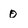
Character: 0